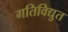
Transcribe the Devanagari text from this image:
गतिविद्युत